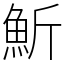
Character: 䰺